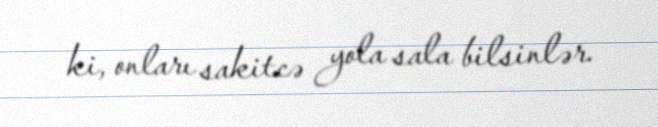
ki, onları sakitcə yola sala bilsinlər.